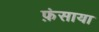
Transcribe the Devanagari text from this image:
फ़ंसाया